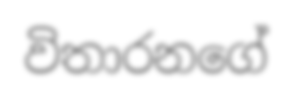
විතාරනගේ